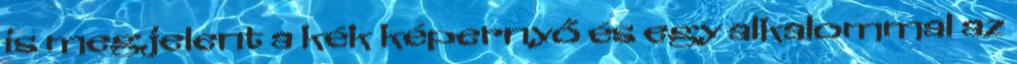
is megjelent a kék képernyő és egy alkalommal az